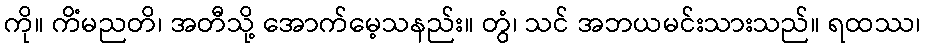
ကို။ ကိံမညတိ၊ အတီသို့ အောက်မေ့သနည်း။ တွံ၊ သင် အဘယမင်းသားသည်။ ရထဿ၊